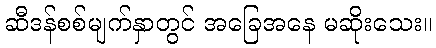
ဆီဒန်စစ်မျက်နှာတွင် အခြေအနေ မဆိုးသေး။